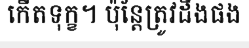
កើតទុក្ខ។ ប៉ុន្តែត្រូវដឹងផង